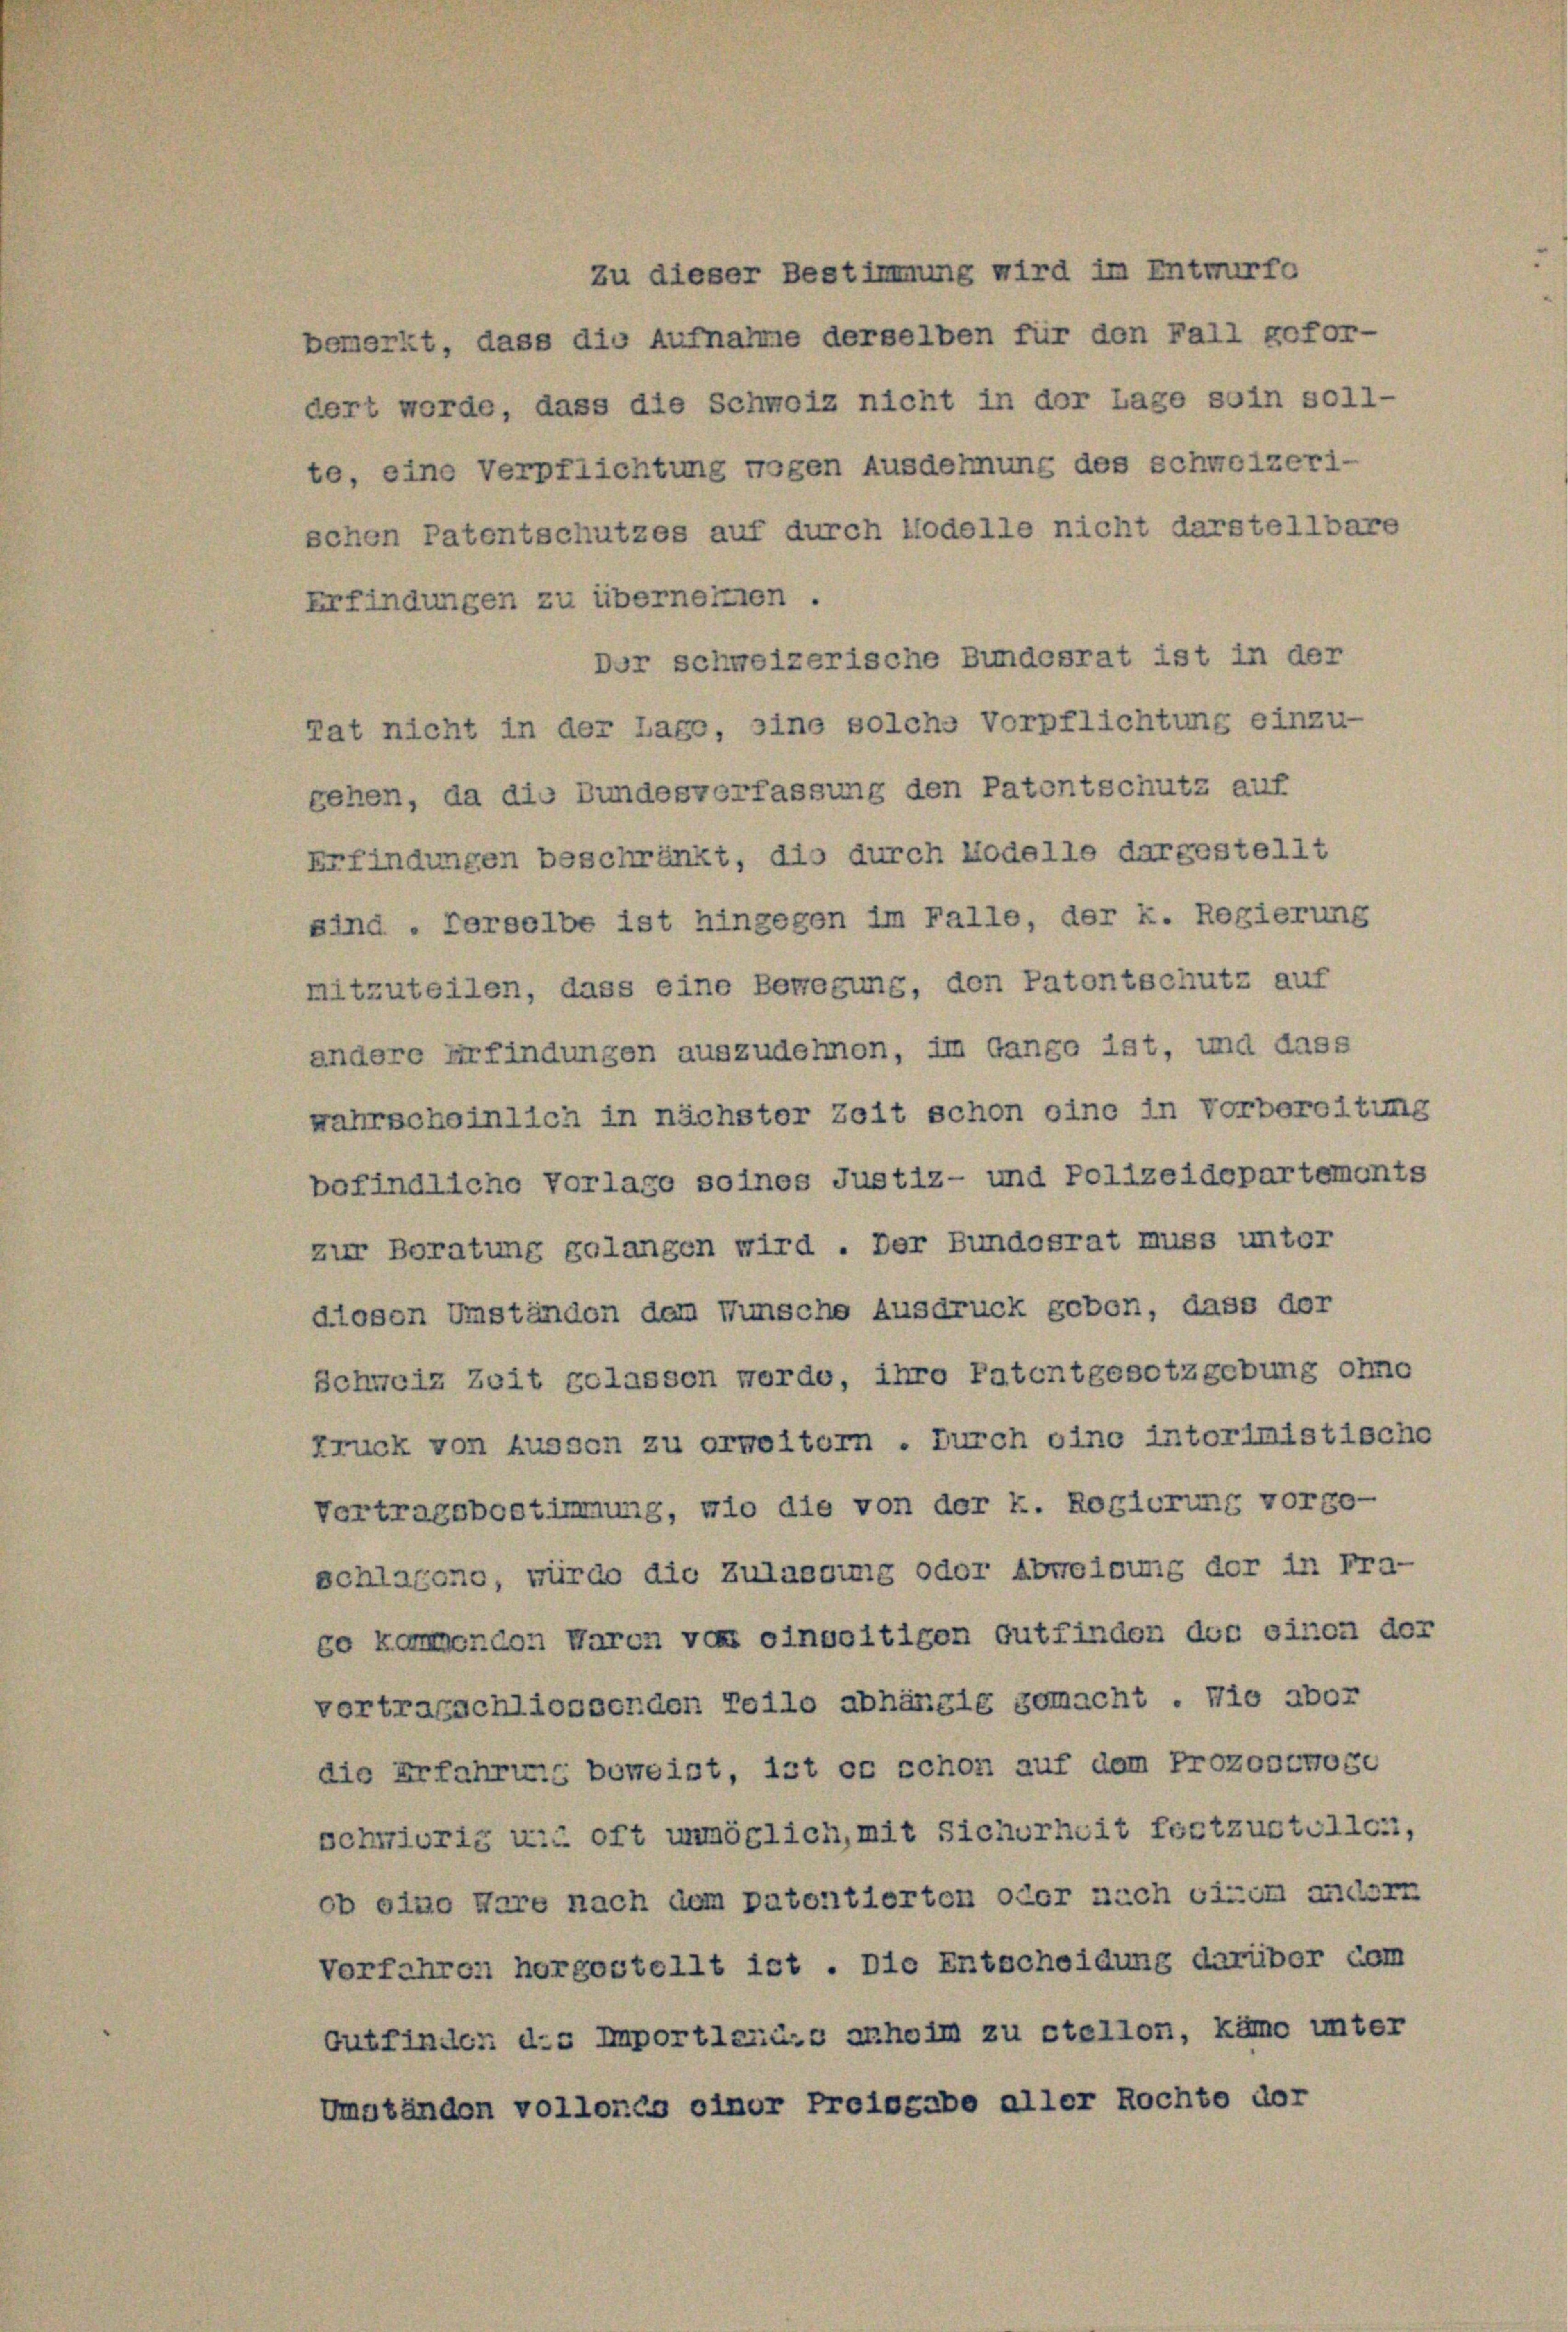
schen Patentschutzes auf durch Modelle nicht darstellbare
Dor schweizerische Bundesrat ist in der
gehen, da die Fundesverfassung den Patentschutz auf
Erfindungen beschränkt, die durch Modelle dargestellt
sind . Ferselbe ist hingegen im Falle, der k. Regierung
mitzuteilen, dass eine Bewegung, den Patontschutz auf
andere Erfindungen auszudehnen, im Gange ist, und dass
wahrscheinlich in nächster Zeit schon eine in Vorbereitung
befindliche Vorlage soines Justiz- und Polizeidepartements
zur Beratung gelangen wird. Der Bundesrat muss unter
dlosen Umständen dem Wunsche Ausdruck gebon, dass der
Schweiz Zeit gelassen werde, ihre Patentgesetzgebung ohne
kruck von hussen zu orweitern . Durch eine intorimistische
Vertragsbestimmung, wie die von der k. Rogierung vorge-
schlagene, würde die Zulassung oder Abweisung der in Fra-
so kommenden Waren vor einweitigen Gutfinden der einen der
vortragschliessenden Teile abhängig gemacht. Wie abor
die Erfahrung beweist, ist es schon auf dem Prozogewoge
schwierig und oft unmöglich, mit Sicherheit festzusteller,
ob eine Hare nach dem patentierten oder nach vizem andern
Vorfahren horgestellt ist. Die Entscheidung darüber dem
Gutfinder des Importlarus anheim zu stellon, käme unter
Umständen vollorco einer Preisgabe aller Rochte dor

Erfindungen zu übernehmen.

zu dieser Bestimmung wird im Entwurfe
bemerkt, dass die Aufnahme derselben für den Fall gefor-
dert worde, dass die Schweiz nicht in der Lage soin soll-
te, eine Verpflichtung wogen Ausdehnung des schweizeri-

Tat nicht in der Lage, eine solche Vorpflichtung einzu-